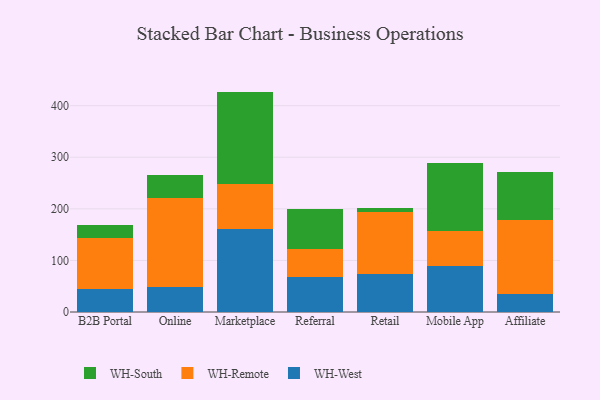
{"axis": {"x": "Channel", "y": "Net Income (USD K)"}, "legend": ["WH-Remote", "WH-South", "WH-West"], "data": [{"x": "B2B Portal", "y": 43.8, "type": "WH-West"}, {"x": "B2B Portal", "y": 100.4, "type": "WH-Remote"}, {"x": "B2B Portal", "y": 25.4, "type": "WH-South"}, {"x": "Online", "y": 48.5, "type": "WH-West"}, {"x": "Online", "y": 172.2, "type": "WH-Remote"}, {"x": "Online", "y": 44.0, "type": "WH-South"}, {"x": "Marketplace", "y": 161.6, "type": "WH-West"}, {"x": "Marketplace", "y": 86.5, "type": "WH-Remote"}, {"x": "Marketplace", "y": 179.2, "type": "WH-South"}, {"x": "Referral", "y": 68.7, "type": "WH-West"}, {"x": "Referral", "y": 53.6, "type": "WH-Remote"}, {"x": "Referral", "y": 78.3, "type": "WH-South"}, {"x": "Retail", "y": 73.7, "type": "WH-West"}, {"x": "Retail", "y": 120.0, "type": "WH-Remote"}, {"x": "Retail", "y": 7.5, "type": "WH-South"}, {"x": "Mobile App", "y": 89.0, "type": "WH-West"}, {"x": "Mobile App", "y": 67.2, "type": "WH-Remote"}, {"x": "Mobile App", "y": 133.1, "type": "WH-South"}, {"x": "Affiliate", "y": 35.6, "type": "WH-West"}, {"x": "Affiliate", "y": 142.1, "type": "WH-Remote"}, {"x": "Affiliate", "y": 93.1, "type": "WH-South"}]}